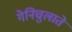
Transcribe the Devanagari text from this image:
गेनिचुलाते